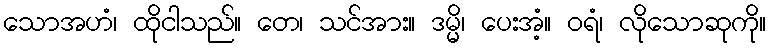
သောအဟံ၊ ထိုငါသည်။ တေ၊ သင်အား။ ဒမ္မိ၊ ပေးအံ့။ ဝရံ၊ လိုသောဆုကို။